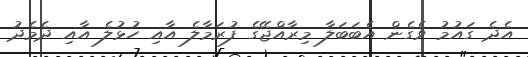
އެދެ ގައުމު ވެގެން އެބަބަލާ މިރާއްޖޭގެ ފުރަމާލެ އާއި ހުޅުލެ އާއި ދެމެދު